Report on sanitation, dispensaries, and jails in Rajputana for 1919, and on vaccination for the year 1919-1920 - 1919-1920
Year: 1919
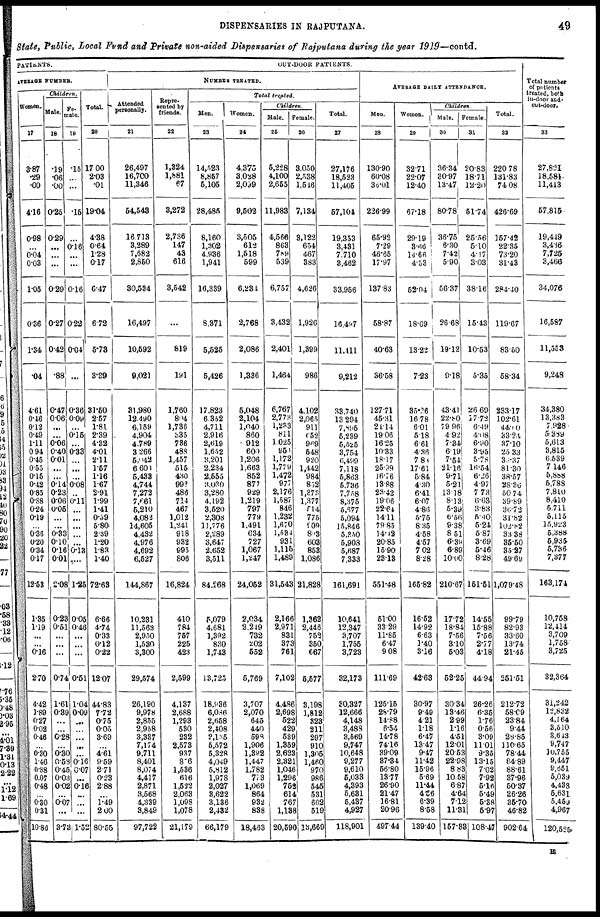
DISPENSARIES IN RAJPUTANA.
49
State, Public, Local Fund and Private non-aided Dispensaries of Rajputana during the year 1919— contd.
PATIENTS.
AVERAGE NUMBER.
Women.
17
3.87
.29
.00
4.16
0.98
...
0.04
0.03
1.05
0.36
1.34
.04
4.61
0.46
0.12
0.49
1.11
0.94
0.45
0.55
0.15
0.42
0.85
0.88
0.24
0.19
...
0.36
0.20
0.34
0.17
12.53
1.35
1.19
...
...
0.16
2.70
4.42
1.89
0.27
0.02
0.46
...
0.30
1.46
0.88
0.07
0.48
...
0.30
0.31
10.86
Children.
Male.
18
.19
.06
.00
0.25
0.29
...
...
...
0.29
0.27
0.42
.88
0.47
0.06
...
...
0.06
0.40
0.01
...
...
0.14
0.23
0.06
0.05
...
...
0.33
0.10
0.16
0.01
2.08
0.23
0.51
...
...
...
0.74
1.61
0.39
...
...
0.28
...
0.30
0.58
0.45
0.03
0.02
...
0.07
3.73
Fe-
male.
19
.15
...
...
.15
...
0.16
...
...
0.16
0.22
0.04
...
0.36
0.09
...
0.15
...
0.33
...
...
...
0.08
...
0.11
...
...
...
...
...
0.13
...
1.25
0.05
0.46
...
...
...
0.61
1.04
0.09
...
...
...
...
...
0.16
0.07
...
0.16
...
...
...
1.52
Total.
20
17.00
2.03
.01
19.04
4.38
0.64
1.28
0.17
6.47
6.72
5.73
3.39
31.60
2.57
1.81
2.39
4.32
4.01
2.11
1.57
1.16
1.67
2.91
1.99
1.41
0.59
5.80
2.39
1.20
1.83
1.40
72.63
6.66
4.74
0.33
0.12
0.22
12.07
44.83
7.72
0.75
0.05
3.69
...
4.61
9.59
2.71
0.23
2.88
...
1.49
2.00
80.55
OUT-DOOR PATIENTS.
NUMBER TREATED.
Attended
personally.
21
26,497
16,700
11,346
54,543
16,713
3,289
7,682
2,860
30,534
16,497
10,692
9,021
31,980
12,490
6,159
4,904
4,789
3,266
5,042
6,603
5,433
4,744
7,272
7,661
5,210
4,082
14,605
4,432
4,976
4,692
6,527
144,867
10,231
11,563
2,950
1,530
3,300
29,574
26,190
9,978
2,855
2,958
3,337
7,174
9,711
8,401
8,074
4,417
2,871
3,568
4,339
3,849
97,722
Repre-
sented by
friends.
22
1,324
1,881
67
3,272
2,736
147
43
616
3,542
...
819
191
1,760
804
1,736
335
736
483
1,457
515
430
992
486
714
467
1,012
1,241
918
932
995
806
16,824
410
784
757
225
423
2,599
4,137
2,688
1,293
630
232
2,573
937
876
1,536
616
1,522
2,063
1,098
1,078
21,179
Total treated.
Men.
23
14,523
8,857
5,105
28,485
8,160
1,302
4,936
1,941
16,339
8,371
5,525
5,426
17,823
6,352
4,711
2,916
2,619
1,652
3,201
2,234
2,555
3,030
3,280
4,192
3,520
2,308
11,776
2,289
3,647
2,652
3,511
84,268
5,079
4,681
1,392
830
1,743
13,725
18,936
6,086
2,658
2,408
2,135
5,572
5,328
4,049
5,812
1,978
2,027
3,622
3,136
2,432
66,179
Women.
24
4,375
3,038
2,099
9,502
3,505
612
1,518
599
6,231
2,768
2,086
1,336
5,048
2,104
1,040
860
912
600
1,206
1,663
852
877
929
1,219
797
779
1,491
634
727
1,067
1,247
24,052
2,034
2,249
732
202
552
6,769
3,707
2,070
645
440
598
1,906
1,392
1,447
1,782
773
1,069
864
932
838
18,463
Children.
Male.
25
5,228
4,100
2,665
11,983
4,566
863
789
539
6,757
3,432
2,401
1,464
6,767
2,773
1,233
811
1,025
951
1,172
1,779
1,472
977
2,176
1,587
846
1,232
1,670
1,534
931
1,115
1,489
31,543
2,166
2,971
831
373
761
7,102
4,486
2,698
622
429
539
1,359
2,623
2,321
1,046
1,296
752
614
767
1,138
20,590
Female.
26
3,050
2,538
1,516
7,134
3,122
654
467
383
4,626
1,926
1,399
986
4,102
2,065
911
652
969
548
920
1,442
984
852
1,378
1,377
5l4
775
909
803
603
853
1,086
21,828
1,362
2,446
752
350
667
5,577
3,198
1,812
323
211
297
910
1,305
1,460
970
986
545
531
602
519
18,669
Total.
27
27,176
18,523
11,405
57,104
19,353
3,431
7,710
3,462
33,956
16,497
11,111
9,212
33,740
13,294
7,895
5,239
5,525
3,754
6,499
7,118
5,863
5,736
7,758
8,375
5,677
5,094
15,846
5,350
5,903
5,687
7,333
161,691
10,641
12,347
3,707
1,755
3,723
32,173
30,327
12,666
4,148
3,488
3,569
9,747
10,648
9,277
9,610
5,033
4,393
5,631
5,437
4,927
118,901
AVERAGE DAILY ATTENDANCE.
Men.
28
130.90
60.08
35.01
226.99
65.92
7.29
46.65
17.97
137.83
58.87
40.63
36.58
127.71
45.31
24.14
19.06
16.25
10.33
18.17
25.99
16.76
13.88
23.42
19.06
22.64
14.11
79.85
14.42
20.85
15.90
23.13
551.48
51.00
33.29
11.85
6.47
9.08
111.69
125.15
28.79
14.88
6.54
14.78
74.16
39.09
37.34
56.80
13.77
26.90
21.47
16.81
20.96
497.44
Women.
29
32.71
22.07
12.40
67.18
29.19
3.66
14.66
4.53
52.04
18.69
13.22
7.23
35.26
16.78
6.01
5.18
6.61
4.36
7.83
17.61
5.84
4.30
6.41
6.07
4.86
5.75
8.35
4.58
4.57
7.02
8.28
165.82
16.52
14.92
6.63
1.40
3.16
42.63
30.97
9.49
4.21
1.18
6.47
13.47
9.47
11.42
15.96
5.69
11.44
4.86
6.39
8.58
139.40
Children.
Male.
30
36.34
30.97
13.47
80.78
36.75
6.30
7.42
5.90
56.37
26.68
19.12
9.18
43.41
22.80
79.96
4.92
7.34
6.19
7.54
21.16
9.71
5.21
13.18
8.13
5.39
6.56
9.38
8.51
6.39
6.89
10.00
210.67
17.72
18.84
7.56
3.10
5.03
52.25
30.34
18.46
2.99
1.16
4.51
12.01
20.53
22.98
8.83
10.58
6.87
4.64
7.12
11.31
157.33
Female.
31
20.83
18.71
12.20
51.74
25.56
5.10
4.17
3.03
38.16
15.43
10.53
5.35
26.69
17.72
6.49
4.08
6.90
3.95
5.78
16.54
6.26
4.97
7.73
6.63
3.83
5.40
5.24
5.87
3.69
5.46
8.28
161.51
14.55
15.88
7.56
2.77
4.18
44.94
26.26
6.35
1.76
0.56
3.09
11.01
9.35
13.15
7.02
7.92
5.16
5.49
5.38
5.97
108.47
Total.
32
220.78
131.83
74.08
426.69
157.42
22.35
73.20
31.43
284.40
119.67
83.50
58.34
233.17
102.61
44.10
33.24
37.10
25.33
30.37
81.30
38.57
28.36
50.74
39.89
36.72
31.82
102.82
33.38
35.50
35.27
49.69
1,079.48
99.79
82.93
33.60
13.74
21.45
251.51
212.72
58.09
23.84
9.44
28.85
110.65
78.44
84.89
88.61
37.96
50.37
36.26
35.70
46.82
902.64
Total number
of patients
treated, both
in-door and
out-door.
33
27,821
18,581
11,413
57,815
19,449
3,436
7,725
3,466
34,076
16,587
11,553
9,248
34,380
13,383
7,928
5,289
5,613
3,815
6,539
7,146
5,888
5,788
7,810
8,410
5,711
5,115
15,923
5,388
5,935
5,786
7,377
163,174
10,768
12,114
3,709
1,758
3,725
32,364
31,242
12,832
4,164
3,510
3,643
9,747
10,755
9,447
9,651
5,039
4,438
5,631
5,459
4,967
120,525
R